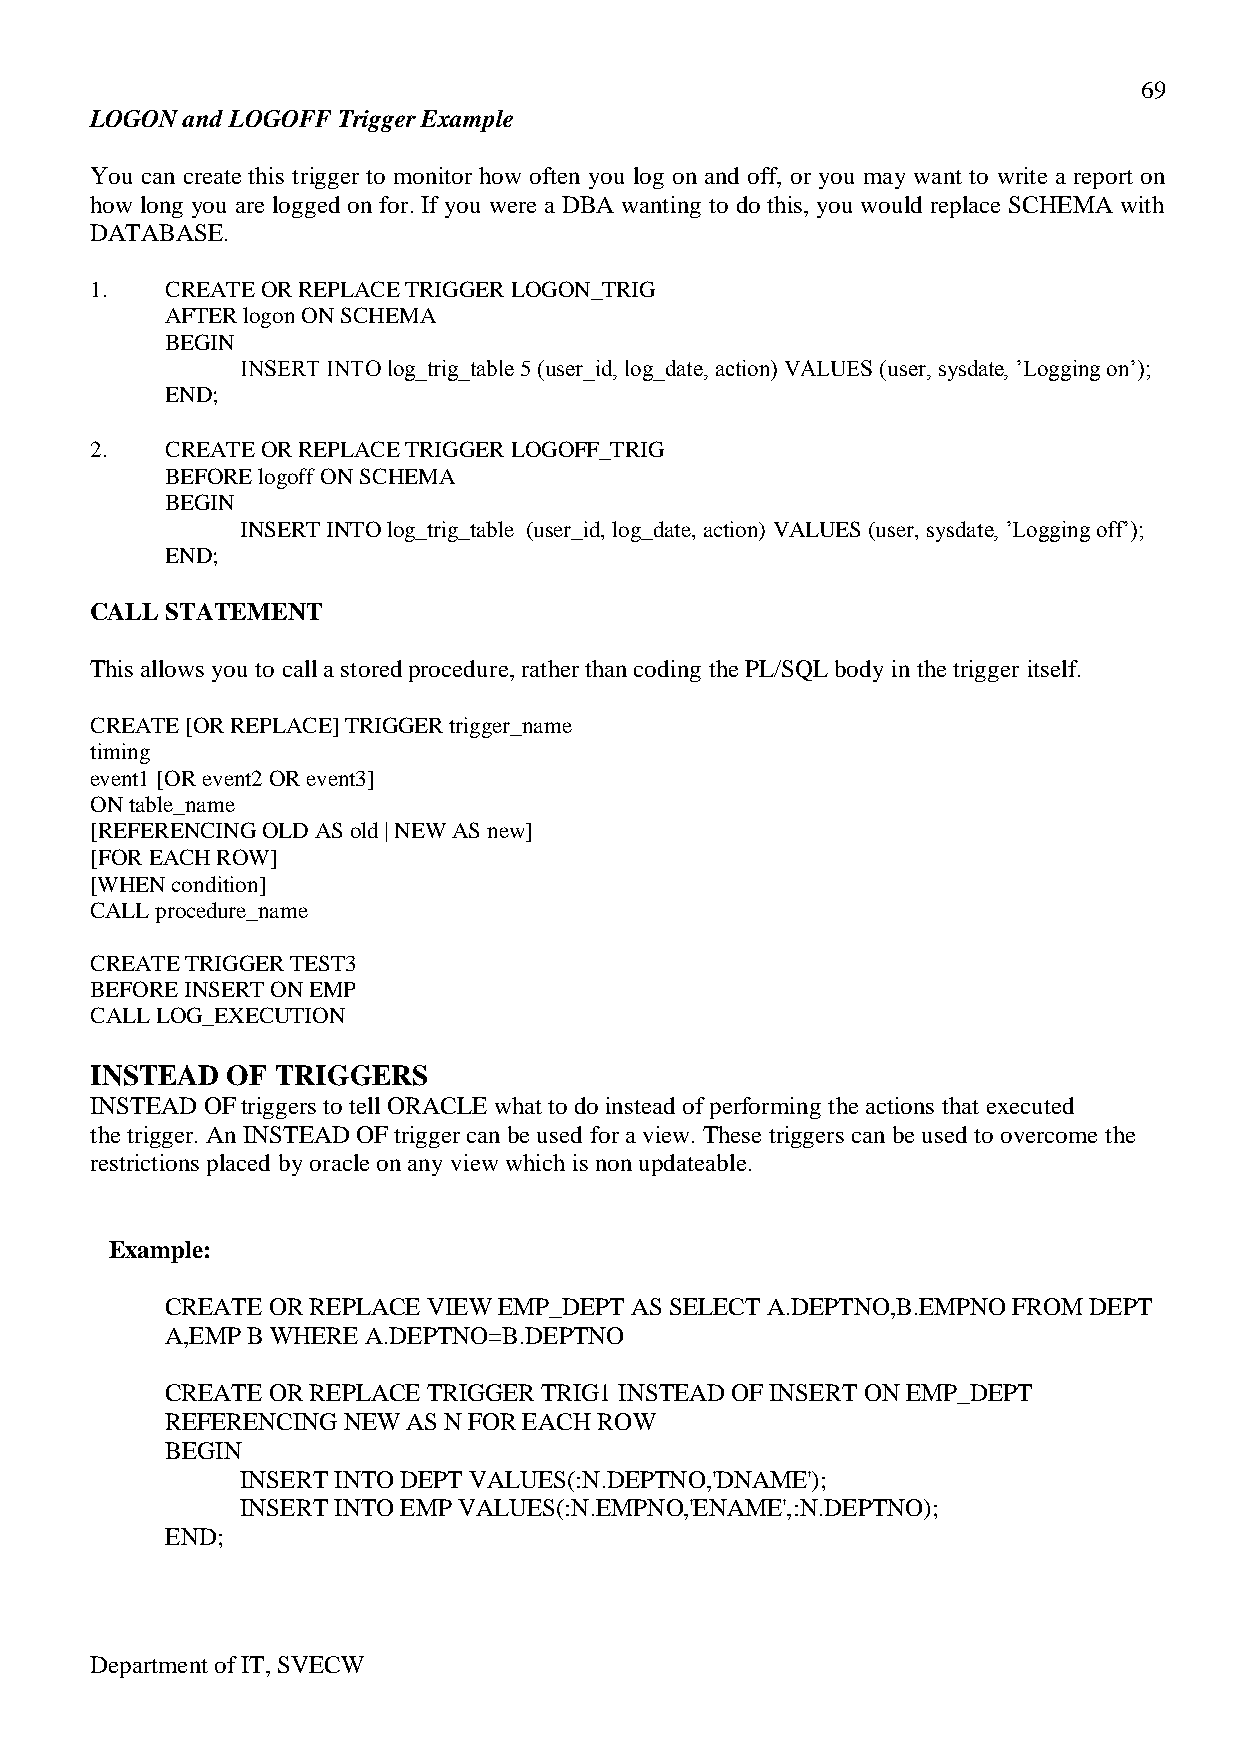
69
 LOGON and LOGOFF Trigger Example
 You can create this trigger to monitor how often you log on and off, or you may want to write a report on
 how long you are logged on for. If you were a DBA wanting to do this, you would replace SCHEMA with
 DATABASE.
 1.   CREATE OR REPLACE TRIGGER LOGON_TRIG
 AFTER logon ON SCHEMA
 BEGIN
 INSERT INTO log_trig_table 5 (user_id, log_date, action) VALUES (user, sysdate, ’Logging on’);
 END;
 2.   CREATE OR REPLACE TRIGGER LOGOFF_TRIG
 BEFORE logoff ON SCHEMA
 BEGIN
 INSERT INTO log_trig_table (user_id, log_date, action) VALUES (user, sysdate, ’Logging off’);
 END;
 CALL STATEMENT
 This allows you to call a stored procedure, rather than coding the PL/SQL body in the trigger itself.
 CREATE [OR REPLACE] TRIGGER trigger_name
 timing
 event1 [OR event2 OR event3]
 ON table_name
 [REFERENCING OLD AS old | NEW AS new]
 [FOR EACH ROW]
 [WHEN condition]
 CALL procedure_name
 CREATE TRIGGER TEST3
 BEFORE INSERT ON EMP
 CALL LOG_EXECUTION
 INSTEAD  OF TRIGGERS
 INSTEAD OF triggers to tell ORACLE what to do instead of performing the actions that executed
 the trigger. An INSTEAD OF trigger can be used for a view. These triggers can be used to overcome the
 restrictions placed by oracle on any view which is non updateable.
 Example:
 CREATE OR REPLACE VIEW EMP_DEPT AS SELECT A.DEPTNO,B.EMPNO FROM DEPT
 A,EMP B WHERE A.DEPTNO=B.DEPTNO
 CREATE OR REPLACE TRIGGER TRIG1 INSTEAD OF INSERT ON EMP_DEPT
 REFERENCING NEW AS N FOR EACH ROW
 BEGIN
 INSERT INTO DEPT VALUES(:N.DEPTNO,'DNAME');
 INSERT INTO EMP VALUES(:N.EMPNO,'ENAME',:N.DEPTNO);
 END;
 Department of IT, SVECW